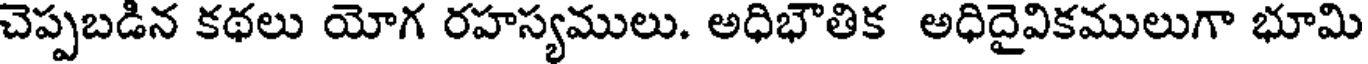
చెప్పబడిన కథలు యోగ రహస్యములు. అధిభౌతిక అధిదైవికములుగా భూమి